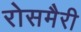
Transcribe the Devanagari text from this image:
रोसमैरी